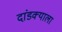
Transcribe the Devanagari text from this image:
दांडक्याला